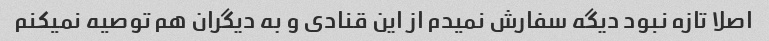
اصلا تازه نبود دیگه سفارش نمیدم از این قنادی و به دیگران هم توصیه نمیکنم